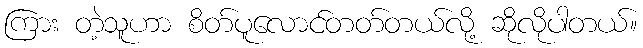
ကြား တဲ့သူဟာ စိတ်ပူလောင်တတ်တယ်လို့ ဆိုလိုပါတယ်။